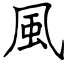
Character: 風